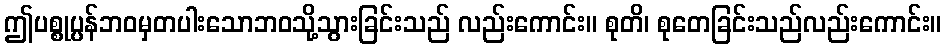
ဤပစ္စုပ္ပန်ဘဝမှတပါးသောဘဝသို့သွားခြင်းသည် လည်းကောင်း။ စုတိ၊ စုတေခြင်းသည်လည်းကောင်း။